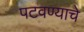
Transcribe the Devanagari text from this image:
पटवण्याचे